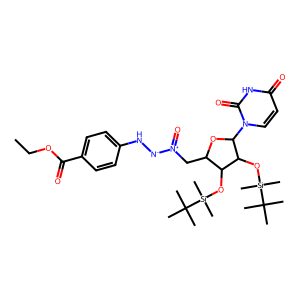
SMILES: CCOC(=O)c1ccc(N[N-][N+](=O)CC2OC(n3ccc(=O)[nH]c3=O)C(O[Si](C)(C)C(C)(C)C)C2O[Si](C)(C)C(C)(C)C)cc1
Inhibits HIV replication: No